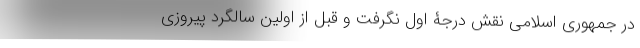
در جمهوری اسلامی نقش درجۀ اول نگرفت و قبل از اولین سالگرد پیروزی